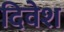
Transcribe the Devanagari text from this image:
दिवेश